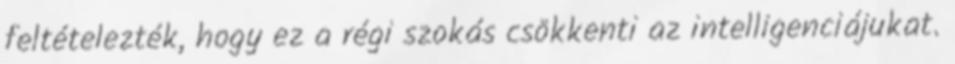
feltételezték, hogy ez a régi szokás csökkenti az intelligenciájukat.